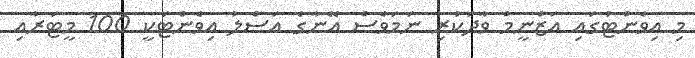
މި އިވެންޓުގައި އަޒްނީމް ވާދަކުރި ނަމަވެސް އޭނާގެ އަސްލު އިވެންޓަކީ 100 މީޓަރާއި